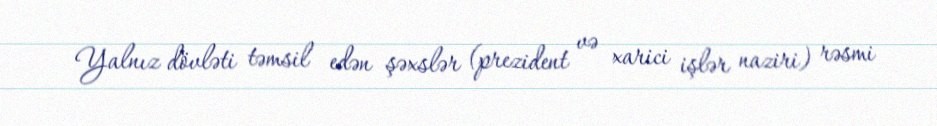
Yalnız dövləti təmsil edən şəxslər (prezident və xarici işlər naziri) rəsmi